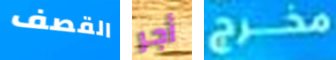
القصف أجر مخرج